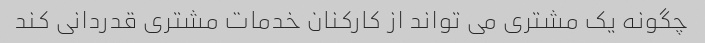
چگونه یک مشتری می تواند از کارکنان خدمات مشتری قدردانی کند